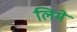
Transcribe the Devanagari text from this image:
लिमे